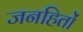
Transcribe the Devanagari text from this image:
जनहितों